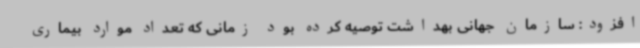
افزود: سازمان جهانی بهداشت توصیه کرده بود زمانی که تعداد موارد بیماری